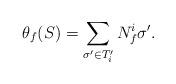
LaTeX: \begin{align*}\theta_f(S)=\sum_{\sigma' \in T_i'} N_f^i\sigma'.\end{align*}